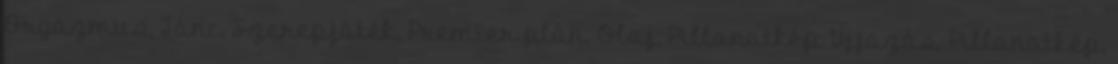
Orgazmus, Tánc, Szerepjáték, Premier plán, Olaj, Pillanatkép Ujjazás, Pillanatkép,